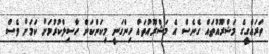
ތަރައްގީގެ މަޝްރޫއުތައް ގެނެސް އެ މަޝްރޫއުތައް ހިންގަނީ މިކަންކަން ހާސިލްކުރުމަށް ކަމަށް ވެސް